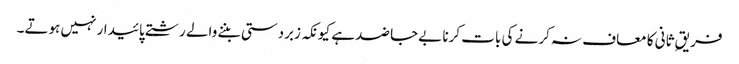
فریقِ ثانی کا معاف نہ کرنے کی بات کرنا بےجا ضد ہے کیونکہ زبردستی بننے والے رشتے پائیدار نہیں ہوتے۔